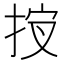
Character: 𰓣